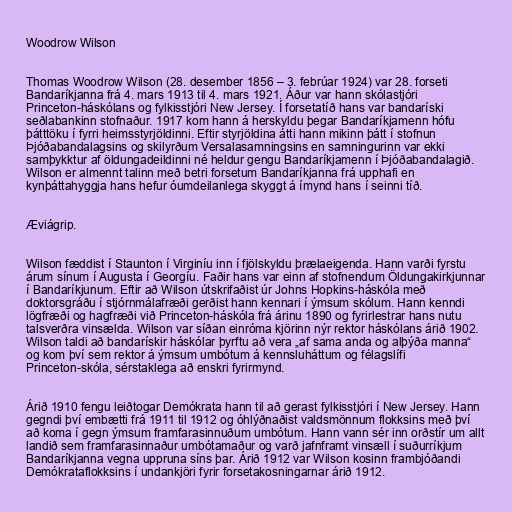
Woodrow Wilson

Thomas Woodrow Wilson (28. desember 1856 – 3. febrúar 1924) var 28. forseti
Bandaríkjanna frá 4. mars 1913 til 4. mars 1921. Áður var hann skólastjóri
Princeton-háskólans og fylkisstjóri New Jersey. Í forsetatíð hans var bandaríski
seðlabankinn stofnaður. 1917 kom hann á herskyldu þegar Bandaríkjamenn hófu
þátttöku í fyrri heimsstyrjöldinni. Eftir styrjöldina átti hann mikinn þátt í stofnun
Þjóðabandalagsins og skilyrðum Versalasamningsins en samningurinn var ekki
samþykktur af öldungadeildinni né heldur gengu Bandaríkjamenn í Þjóðabandalagið.
Wilson er almennt talinn með betri forsetum Bandaríkjanna frá upphafi en
kynþáttahyggja hans hefur óumdeilanlega skyggt á ímynd hans í seinni tíð.

Æviágrip.

Wilson fæddist í Staunton í Virginíu inn í fjölskyldu þrælaeigenda. Hann varði fyrstu
árum sínum í Augusta í Georgíu. Faðir hans var einn af stofnendum Öldungakirkjunnar
í Bandaríkjunum. Eftir að Wilson útskrifaðist úr Johns Hopkins-háskóla með
doktorsgráðu í stjórnmálafræði gerðist hann kennari í ýmsum skólum. Hann kenndi
lögfræði og hagfræði við Princeton-háskóla frá árinu 1890 og fyrirlestrar hans nutu
talsverðra vinsælda. Wilson var síðan einróma kjörinn nýr rektor háskólans árið 1902.
Wilson taldi að bandarískir háskólar þyrftu að vera „af sama anda og alþýða manna“
og kom því sem rektor á ýmsum umbótum á kennsluháttum og félagslífi
Princeton-skóla, sérstaklega að enskri fyrirmynd.

Árið 1910 fengu leiðtogar Demókrata hann til að gerast fylkisstjóri í New Jersey. Hann
gegndi því embætti frá 1911 til 1912 og óhlýðnaðist valdsmönnum flokksins með því
að koma í gegn ýmsum framfarasinnuðum umbótum. Hann vann sér inn orðstír um allt
landið sem framfarasinnaður umbótamaður og varð jafnframt vinsæll í suðurríkjum
Bandaríkjanna vegna uppruna síns þar. Árið 1912 var Wilson kosinn frambjóðandi
Demókrataflokksins í undankjöri fyrir forsetakosningarnar árið 1912.